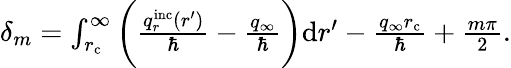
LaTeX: \begin{array}{r}{\delta_{m}=\int_{r_{\mathrm{c}}}^{\infty}\bigg(\frac{q_{r}^{\mathrm{inc}}(r^{\prime})}{\hbar}-\frac{q_{\infty}}{\hbar}\bigg)\mathrm{d}r^{\prime}-\frac{q_{\infty}r_{\mathrm{c}}}{\hbar}+\frac{m\pi}{2}.}\end{array}